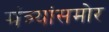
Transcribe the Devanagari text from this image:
मंत्र्यांसमोर